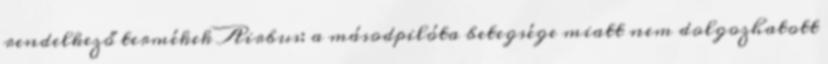
rendelkező termékek Airbus: a másodpilóta betegsége miatt nem dolgozhatott